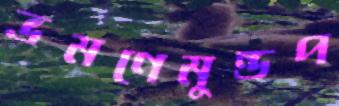
ভ্রমণেমুন্ডপ